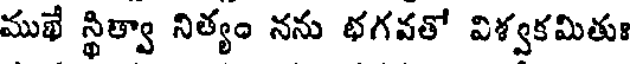
ముఖే స్థిత్వా నిత్యం నను భగవతో విశ్వకమితుః